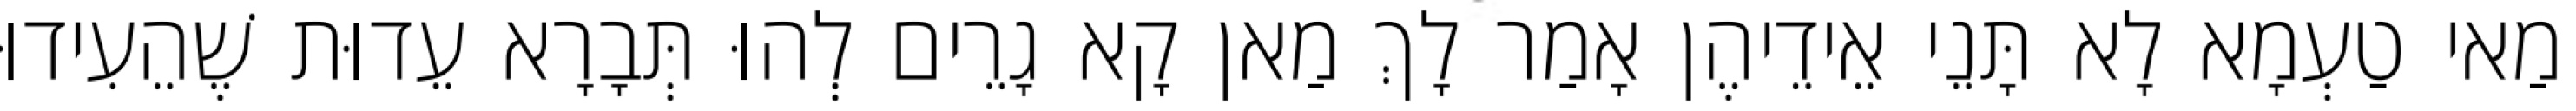
מַאי טַעְמָא לָא תָּנֵי אֵידֵיהֶן אָמַר לָךְ מַאן קָא גָרֵים לְהוּ תְּבָרָא עֵדוּת שֶׁהֵעִידוּ